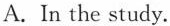
A.In the study.